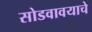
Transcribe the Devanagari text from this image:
सोडवावयाचे